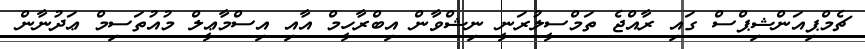
ޗެމްޕިއަންޝިޕްސް ގައި ރާއްޖެ ތަމްސީލުރަނީ ނިޝްވާން އިބްރާހީމް އާއި އިސްމާޢީލް މުއުތަސިމް ޢަދުނާން